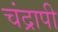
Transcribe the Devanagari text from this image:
चंद्रापी